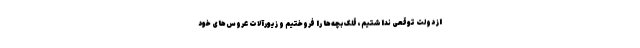
از دولت توقعی نداشتیم، قلک بچه‌ها را فروختیم و زیورآلات عروس‌های خود